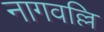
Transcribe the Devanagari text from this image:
नागवल्लि